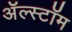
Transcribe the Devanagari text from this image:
ॲल्स्टॉम